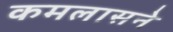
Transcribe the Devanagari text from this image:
कमलासने